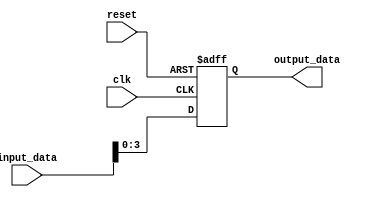
module Generate_Parameterized_Module #(parameter PARAM_1 = 8, PARAM_2 = 4)(
    input wire [PARAM_1-1:0] input_data,
    output reg [PARAM_2-1:0] output_data,
    input wire clk,
    input wire reset
);

reg [PARAM_2-1:0] internal_reg;

always @(posedge clk or negedge reset) begin
    if(!reset) begin
        internal_reg <= 0;
    end else begin
        internal_reg <= input_data;
    end
end

assign output_data = internal_reg;

endmodule